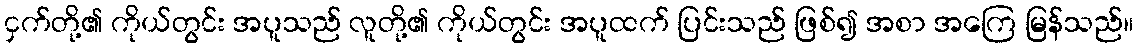
ငှက်တို့၏ ကိုယ်တွင်း အပူသည် လူတို့၏ ကိုယ်တွင်း အပူထက် ပြင်းသည် ဖြစ်၍ အစာ အကြေ မြန်သည်။